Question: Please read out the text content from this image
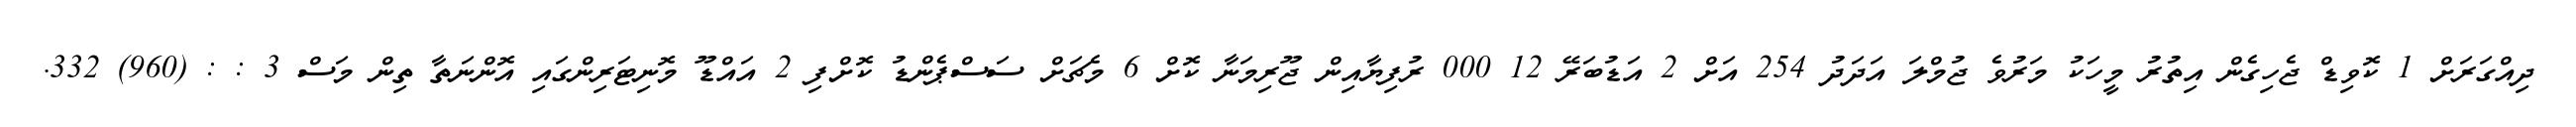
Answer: ދިއްގަރަށް 1 ކޮވިޑް ޖެހިގެން އިތުރު މީހަކު މަރުވެ ޖުމްލަ އަދަދު 254 އަށް 2 އަޑުބަރޭ 12 000 ރުފިޔާއިން ޖޫރިމަނާ ކޮށް 6 މެޗަށް ސަސްޕެންޑު ކޮށްފި 2 އައްޑޫ މޮނިޓަރިންގައި އޮންނަތާ ތިން މަސް 3 : : (960) 332.